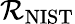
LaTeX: \mathcal{R}_{\mathrm{{{NIST}}}}